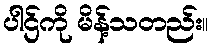
ပါဌ်ကို မိန့်သတည်း။